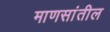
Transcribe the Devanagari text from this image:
माणसांतील